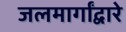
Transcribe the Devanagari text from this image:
जलमार्गांद्वारे